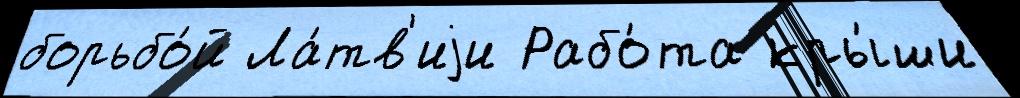
борьбо́й Ла́тв'иjи Рабо́та кры́ши